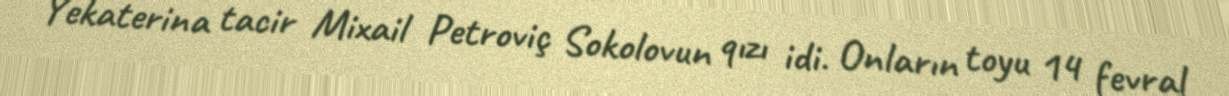
Yekaterina tacir Mixail Petroviç Sokolovun qızı idi. Onların toyu 14 fevral